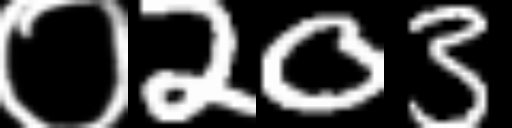
Text: ०203